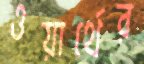
ওয়ার্থের